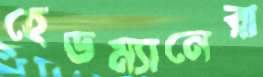
হেডম্যানেরা